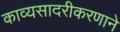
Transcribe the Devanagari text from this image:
काव्यसादरीकरणाने